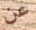
عن